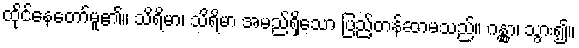
ထိုင်နေတော်မူ၏။ သိရိမာ၊ သိရိမာ အမည်ရှိသော ပြည့်တန်ဆာမသည်။ ဂန္တွာ၊ သွား၍။